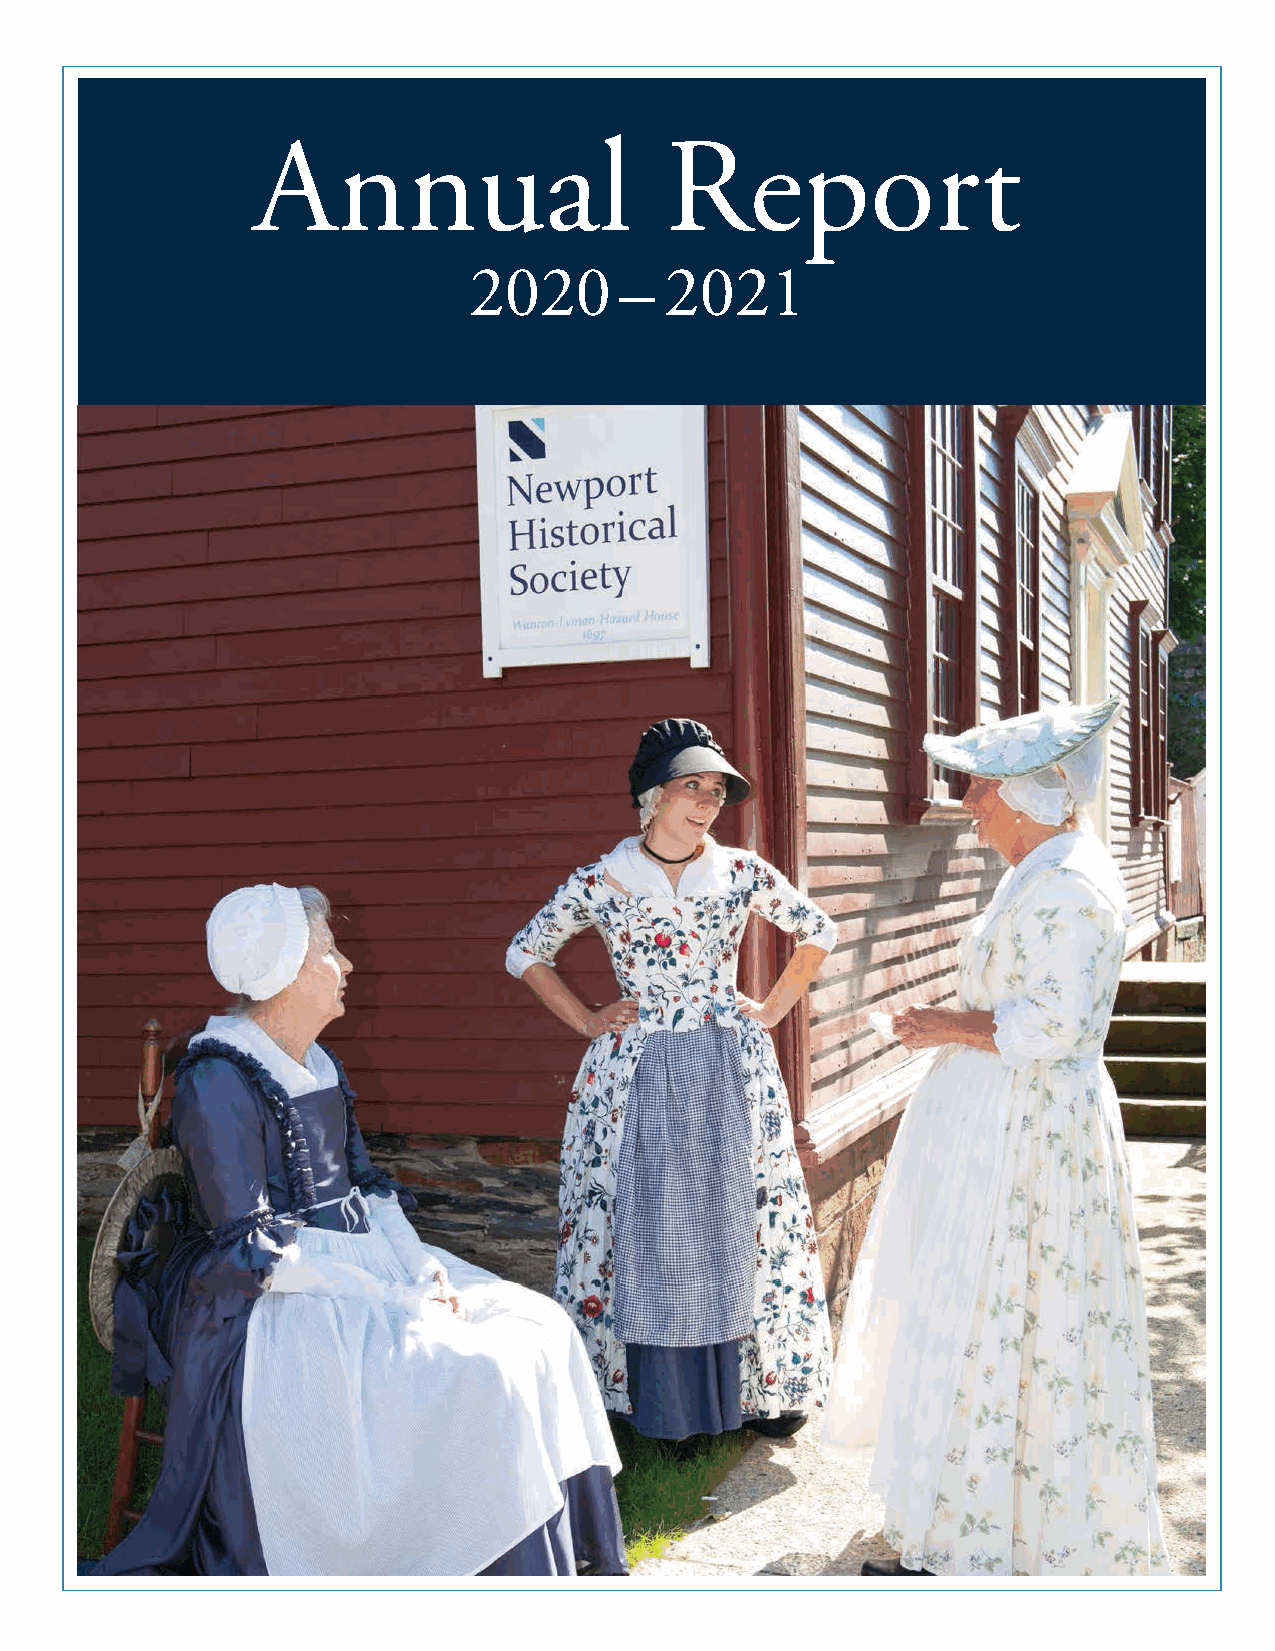
Annual                     Report
 2020      –  2021